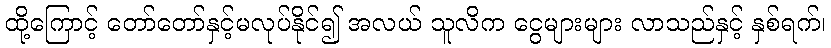
ထို့ကြောင့် တော်တော်နှင့်မလုပ်နိုင်၍ အလယ် သူလိက ငွေများများ လာသည်နှင့် နှစ်ရက်၊